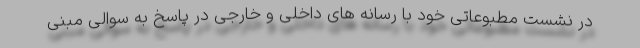
در نشست مطبوعاتی خود با رسانه های داخلی و خارجی در پاسخ به سوالی مبنی